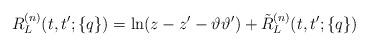
LaTeX: \begin{align*}R_L^{(n)}(t,t';\{q\})=\ln(z-z'-\vartheta\vartheta')+\tilde R_L^{(n)}(t,t';\{q\})\end{align*}